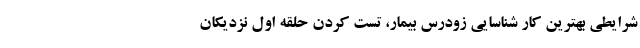
شرایطی بهترین کار شناسایی زودرس بیمار، تست کردن حلقه اول نزدیکان